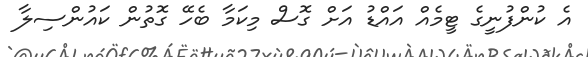
އެ ކުންފުނީގެ ޓީމެއް އައްޑު އަށް ގޮސް މިކަމާ ބެހޭ ގޮތުން ކައުންސިލާ